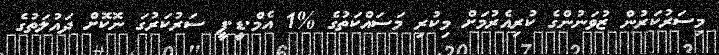
މިސަރުކަރުން ޒުވަަނުންގެ ކުރިއެރުމަށް މިކުރި މަސައްކަތުގެ %1 އެމް.ޑީ.ޕީ ސަރުކަަރުގަަ ނޮކޮށް ދައުލަތުގެ